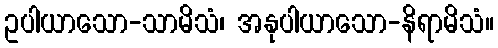
ဥပါယာသော-သာမိသံ၊ အနုပါယာသော-နိရာမိသံ။